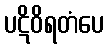
ပဋိဝိရတံပေ